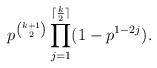
LaTeX: \begin{align*}p^{\binom{k+1}{2}} \prod_{j=1}^{\lceil \frac{k}{2} \rceil} (1-p^{1-2j}).\end{align*}